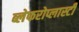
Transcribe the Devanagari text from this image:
ब्लेफरोप्लास्टी